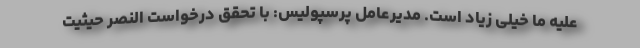
علیه ما خیلی زیاد است. مدیرعامل پرسپولیس: با تحقق درخواست النصر حیثیت